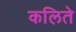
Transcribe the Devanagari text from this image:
कलिते